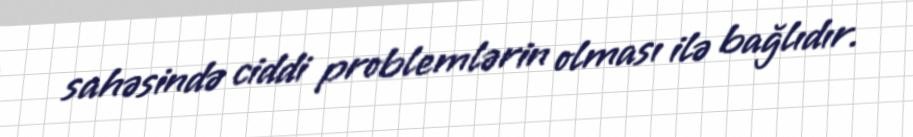
sahəsində ciddi problemlərin olması ilə bağlıdır.